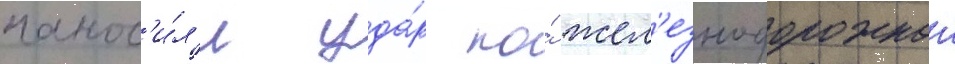
нанос'и́л'и уда́р по́ жел'езнодорожнои